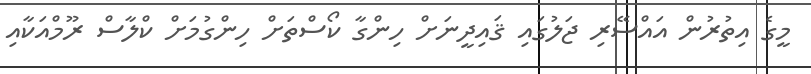
މީގެ އިތުރުން އައްސޭރި ޖަލުގައި ޤައިދީނަށް ހިންގާ ކޯސްތަށް ހިންގުމަށް ކްލާސް ރޫމްއަކާއި